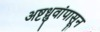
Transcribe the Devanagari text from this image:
अष्टध्रुवांपासून